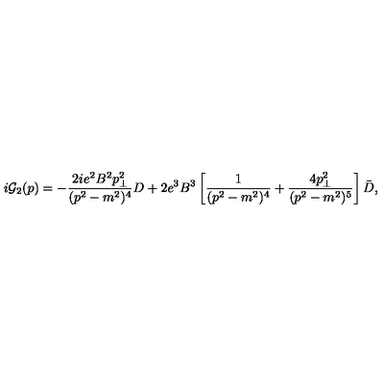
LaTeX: i { \cal G } _ { 2 } ( p ) = - { \frac { 2 i e ^ { 2 } B ^ { 2 } p _ { \bot } ^ { 2 } } { ( p ^ { 2 } - m ^ { 2 } ) ^ { 4 } } } D + 2 e ^ { 3 } B ^ { 3 } \left[ { \frac { 1 } { ( p ^ { 2 } - m ^ { 2 } ) ^ { 4 } } } + { \frac { 4 p _ { \bot } ^ { 2 } } { ( p ^ { 2 } - m ^ { 2 } ) ^ { 5 } } } \right] \bar { D } ,